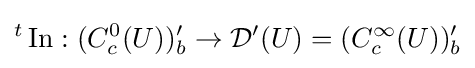
{}^{t}\operatorname {In} :(C_{c}^{0}(U))'_{b}\to {\mathcal {D}}'(U)=(C_{c}^{\infty }(U))'_{b}